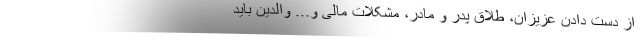
از دست دادن عزیزان، طلاق پدر و مادر، مشکلات مالی و... والدین باید